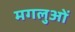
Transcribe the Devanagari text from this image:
मगलुओं